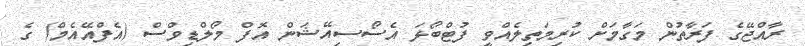
ރާއްޖޭގެ ފަރާތުން މަގާމަށް ކުރިމަތިލެއްވީ ފުޓްބޯޅަ އެސޯސިއޭޝަން އޮފް މޯލްޑިވްސް (އެފްއޭއެމް) ގެ